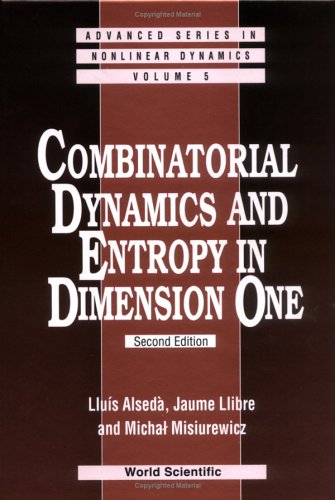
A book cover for Combinatorial Dynamics and Entropy in Dimension One (Advanced Series in Nonlinear Dynamics, V. 5); Lluis Alseda; Science & Math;